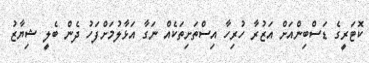
ކޮޓަރީގެ ޑަސްބިންއަށް އަޒުރާ ހުރިހާ އިސްތަށިތަކެއް ނަގާ އަޅާލުމަށްފަހު ދެން ބެލީ ޝިޔާޒު